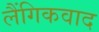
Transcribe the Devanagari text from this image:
लैंगिकवाद